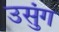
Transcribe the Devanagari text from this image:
उसुंग